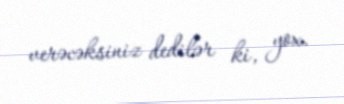
verəcəksiniz dedilər ki, yox.